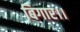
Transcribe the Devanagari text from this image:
बिगार।।